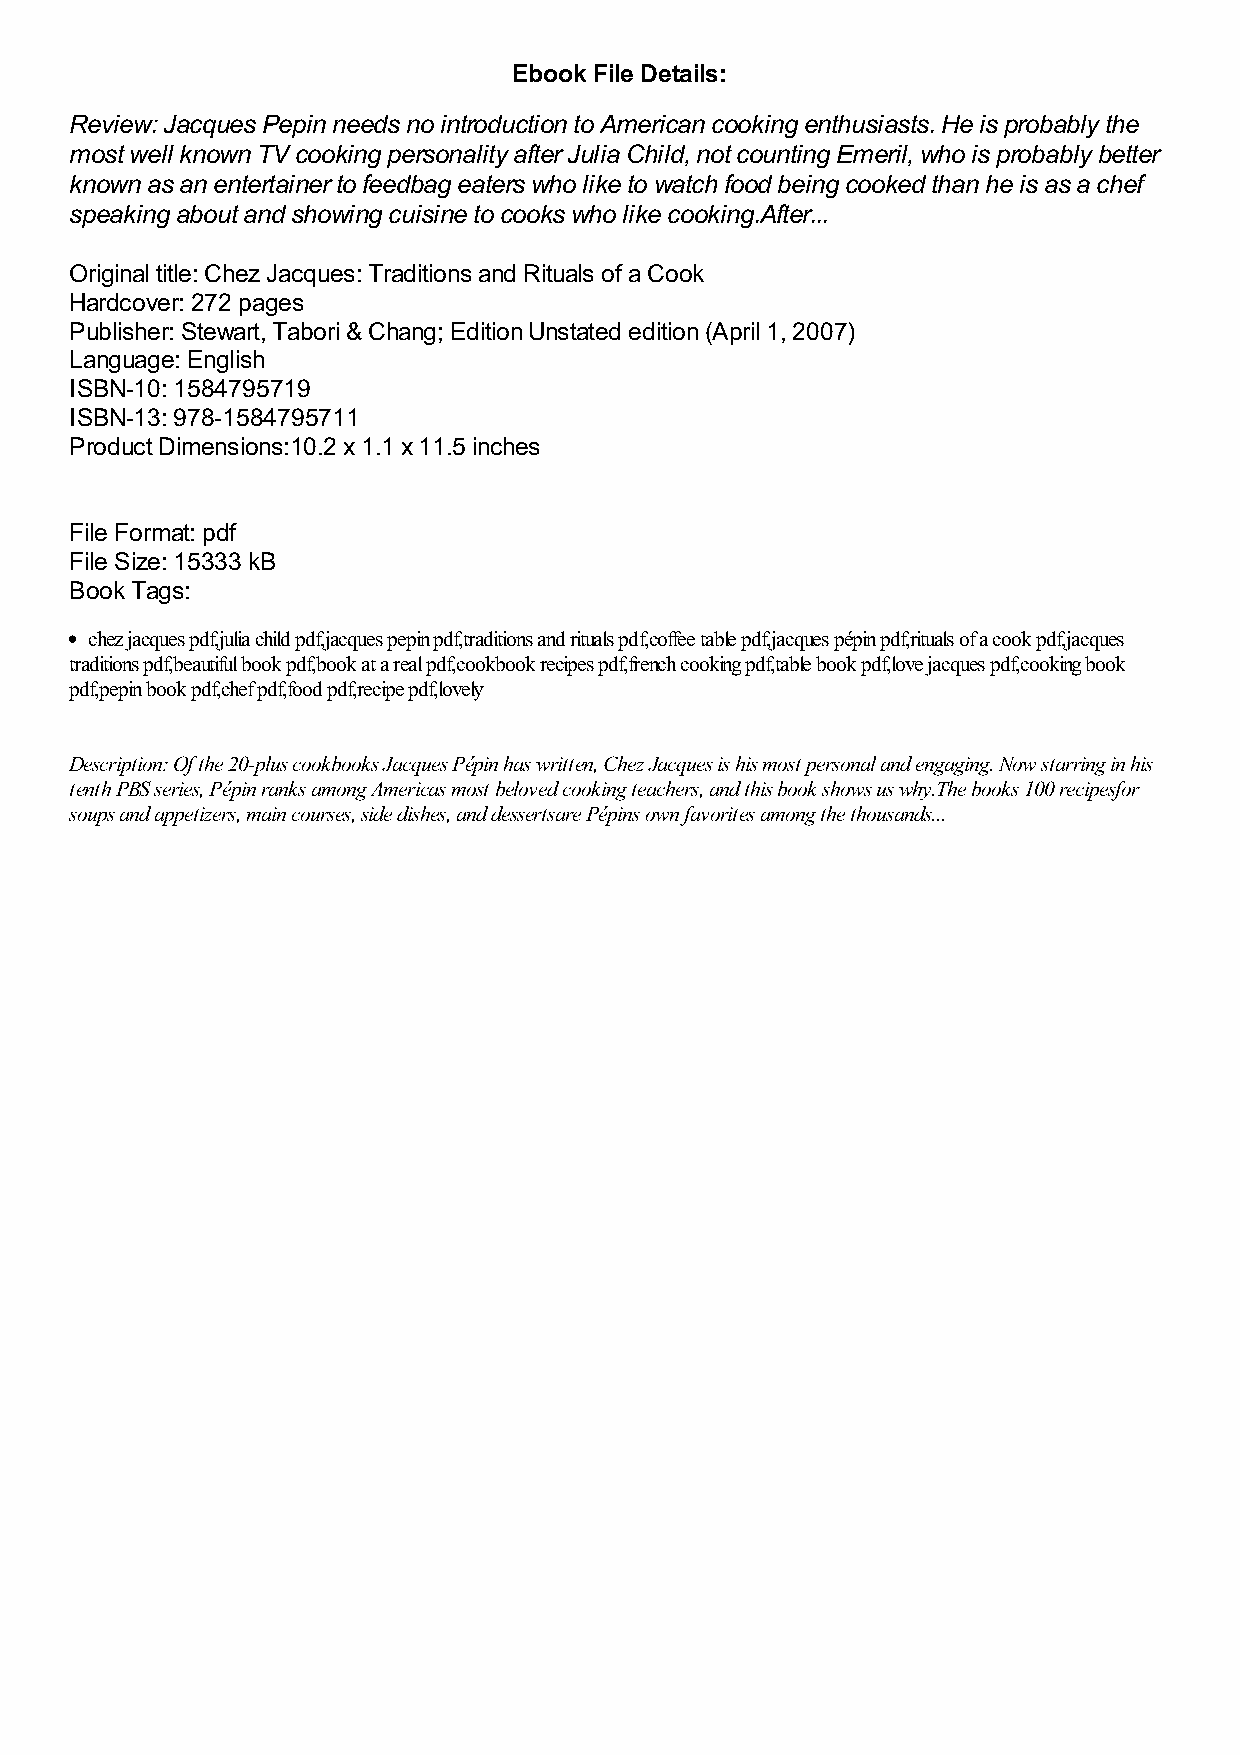
Ebook File Details:
 Review: Jacques Pepin needs no introduction to American cooking enthusiasts. He is probably the
 most well known TV cooking personality after Julia Child, not counting Emeril, who is probably better
 known as an entertainer to feedbag eaters who like to watch food being cooked than he is as a chef
 speaking about and showing cuisine to cooks who like cooking.After...
 Original title: Chez Jacques: Traditions and Rituals of a Cook
 Hardcover: 272 pages
 Publisher: Stewart, Tabori & Chang; Edition Unstated edition (April 1, 2007)
 Language: English
 ISBN-10: 1584795719
 ISBN-13: 978-1584795711
 Product Dimensions:10.2 x 1.1 x 11.5 inches
 File Format: pdf
 File Size: 15333 kB
 Book Tags:
 chez jacques pdf,julia child pdf,jacques pepin pdf,traditions and rituals pdf,coffee table pdf,jacques pépin pdf,rituals of a cook pdf,jacques
 traditions pdf,beautiful book pdf,book at a real pdf,cookbook recipes pdf,french cooking pdf,table book pdf,love jacques pdf,cooking book
 pdf,pepin book pdf,chef pdf,food pdf,recipe pdf,lovely
 Description: Of the 20-plus cookbooks Jacques Pépin has written, Chez Jacques is his most personal and engaging. Now starring in his
 tenth PBS series, Pépin ranks among America​s most beloved cooking teachers, and this book shows us why.The book​s 100 recipes​for
 soups and appetizers, main courses, side dishes, and desserts​are Pépin​s own favorites among the thousands...